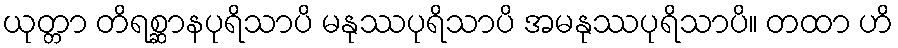
ယုတ္တာ တိရစ္ဆာနပုရိသာပိ မနုဿပုရိသာပိ အမနုဿပုရိသာပိ။ တထာ ဟိ